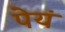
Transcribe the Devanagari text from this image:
पेयं